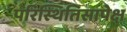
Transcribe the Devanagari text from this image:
परिस्थितिसापेक्ष